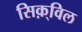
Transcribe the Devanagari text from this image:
सिक़्विल